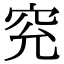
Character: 䆓